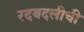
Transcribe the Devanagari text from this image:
रदबदलीची